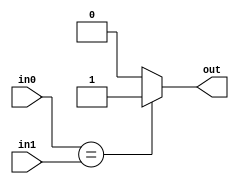
module equality#(parameter w=16)(
  input [w-1:0] in0, in1,
  output out
  );
  assign out = (in0==in1)?1:0;
endmodule